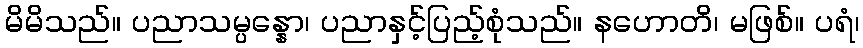
မိမိသည်။ ပညာသမ္ပန္နော၊ ပညာနှင့်ပြည့်စုံသည်။ နဟောတိ၊ မဖြစ်။ ပရံ၊